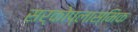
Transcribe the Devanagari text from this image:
सर्कोप्लास्मिक